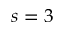
s = 3